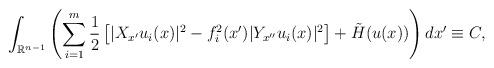
LaTeX: \begin{align*}\int_{\mathbb R^{n-1}} \left( \sum_{i=1}^{m} \frac{1}{2} \left[ |X_{x'} u_i(x)|^2 - f_i^2(x') |Y_{x''}u_i(x)|^2 \right] + \tilde H(u(x)) \right) d x' \equiv C,\end{align*}